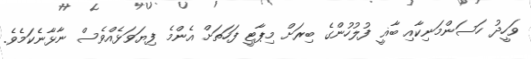
ވަހީދު ހަސަންމަނިކާއި ބާޣީ ފުލުހުންގެ ބިރަށް މިޕާޓީ ފަހަތަށް އެންމެ ފިޔަވަޅެއްވެސް ނާޅާނެކަމެވެ.